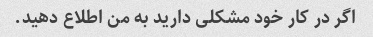
اگر در کار خود مشکلی دارید به من اطلاع دهید.